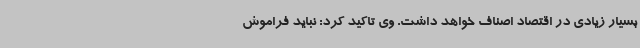
بسیار زیادی در اقتصاد اصناف خواهد داشت. وی تاکید کرد: نباید فراموش